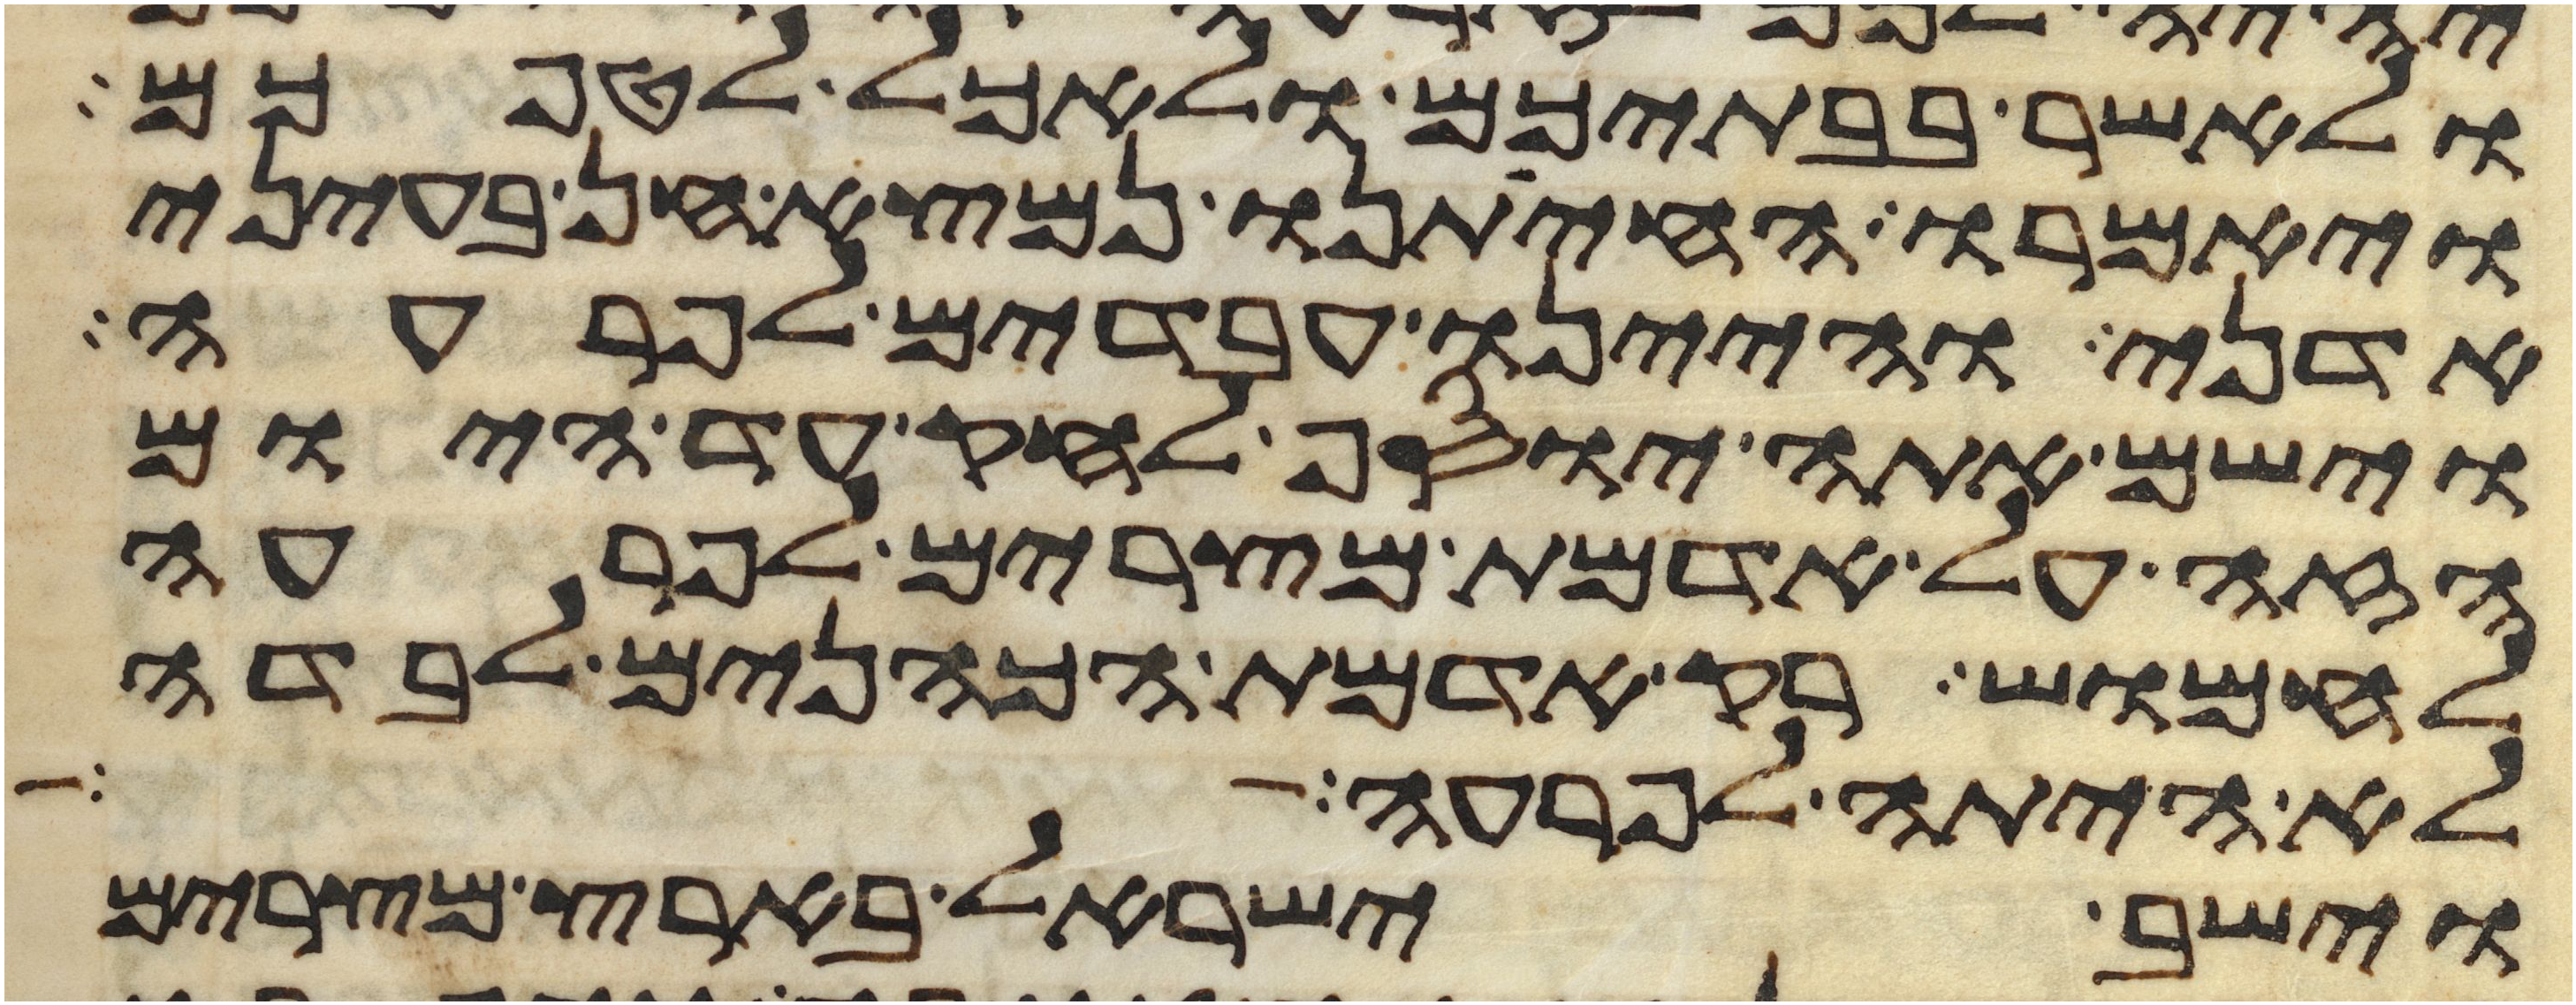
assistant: ולאשר בבתיכם ולאכל לטפכם
ויאמרו החיתנו נמצא חן בעיני
אדני והיינו עבדים לפרעה
וישם אתה יוסף לחק עד היום
הזה על אדמת מצרים לפרעה
לחמוש רק אדמת הכהנים לבדה
לא היתה לפרעה
וישב ישראל בארץ מצרים